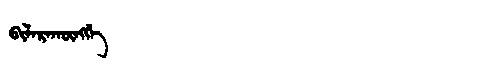
Manchu: ᠪᡳᠯᠠᡵᠠᡴᡡᠩᡤᡝ
Romanization: BILARAKŪNGGE